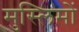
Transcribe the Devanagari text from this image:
मुस्‍लिमों